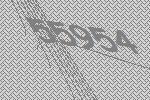
55954